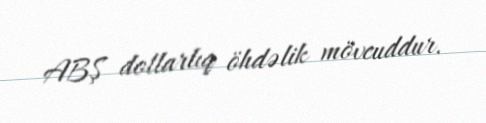
ABŞ dollarlıq öhdəlik mövcuddur.